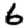
Digit: 6